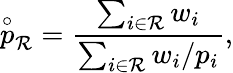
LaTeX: {\overset{\circ}{p}}_{\mathcal{R}}={\frac{\sum_{i\in{\mathcal{R}}}w_{i}}{\sum_{i\in{\mathcal{R}}}w_{i}/p_{i}}},